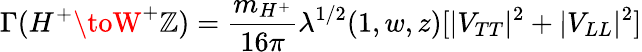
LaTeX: \Gamma(H^{+}\toW^{+}\mathbb{Z})=\frac{{m_{H^{+}}}}{{16\pi}}\lambda^{1/2}(1,w,z)[|V_{TT}|^{2}+|V_{LL}|^{2}]